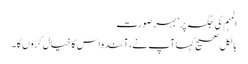
المہم کی جگہ پر’ بہر صورت
بالکل صحیح کہا آپ نے، آئندہ اس کا خیال کروں گا۔